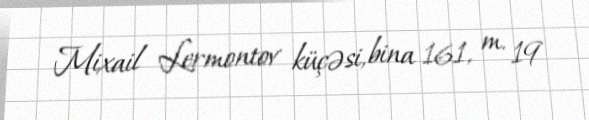
Mixail Lermontov küçəsi, bina 161, m. 19